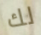
لك